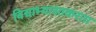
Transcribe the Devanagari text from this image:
विद्याभ्यासाकरता